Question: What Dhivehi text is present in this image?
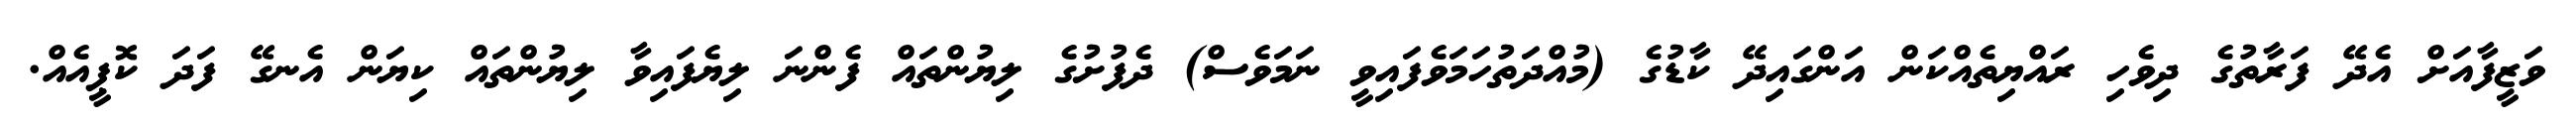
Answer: ވަޒީފާއަށް އެދޭ ފަރާތުގެ ދިވެހި ރައްޔިތެއްކަން އަންގައިދޭ ކާޑުގެ (މުއްދަތުހަމަވެފައިވީ ނަމަވެސް) ދެފުށުގެ ލިޔުންތައް ފެންނަ ލިޔެފައިވާ ލިޔުންތައް ކިޔަން އެނގޭ ފަދަ ކޮޕީއެއް.